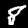
Digit: 8